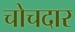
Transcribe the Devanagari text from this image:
चोचदार